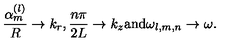
\frac { \alpha _ { m } ^ { ( l ) } } R \to k _ { r } , \frac { n \pi } { 2 L } \to k _ { z } \mathrm { a n d } \omega _ { l , m , n } \to \omega .